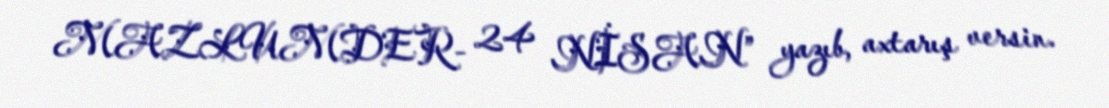
MAZLUMDER- 24 NİSAN” yazıb, axtarış versin.